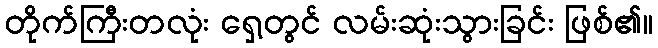
တိုက်ကြီးတလုံး ရှေ့တွင် လမ်းဆုံးသွားခြင်း ဖြစ်၏။